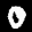
Label: 0